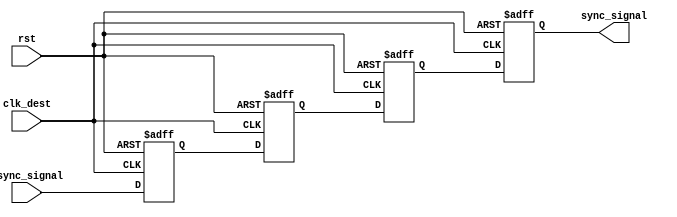
module triple_flip_flop_synchronizer (
    input wire async_signal,    // Input signal from the source clock domain
    input wire clk_dest,        // Clock signal for the destination clock domain
    input wire rst,             // Asynchronous reset signal
    output reg sync_signal       // Synchronized output signal in the destination clock domain
);

// Internal registers for the flip-flops
reg ff1, ff2, ff3;

// Flip-Flop 1: Capture async_signal on clk_dest rising edge
always @(posedge clk_dest or posedge rst) begin
    if (rst) begin
        ff1 <= 1'b0;            // Reset to a known state
    end else begin
        ff1 <= async_signal;    // Capture async_signal
    end
end

// Flip-Flop 2: Capture output of FF1 on clk_dest rising edge
always @(posedge clk_dest or posedge rst) begin
    if (rst) begin
        ff2 <= 1'b0;            // Reset to a known state
    end else begin
        ff2 <= ff1;             // Capture output of FF1
    end
end

// Flip-Flop 3: Capture output of FF2 on clk_dest rising edge
always @(posedge clk_dest or posedge rst) begin
    if (rst) begin
        ff3 <= 1'b0;            // Reset to a known state
    end else begin
        ff3 <= ff2;             // Capture output of FF2
    end
end

// Output: Synchronized signal
always @(posedge clk_dest or posedge rst) begin
    if (rst) begin
        sync_signal <= 1'b0;    // Reset to a known state
    end else begin
        sync_signal <= ff3;     // Output the final synchronized signal
    end
end

endmodule